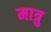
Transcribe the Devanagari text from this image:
मात्रु